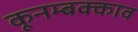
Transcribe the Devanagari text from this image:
कूनम्बक्काव